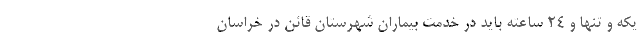
یکه و تنها و ۲۴ ساعته باید در خدمت بیماران شهرستان قائن در خراسان